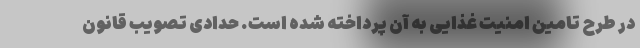
در طرح تامین امنیت غذایی به آن پرداخته شده است. حدادی تصویب قانون